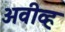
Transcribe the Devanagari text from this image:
अवीव्ह